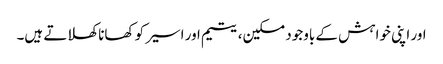
اور اپنی خواہش کے باوجود مسکین، یتیم اور اسیر کو کھانا کھلاتے ہیں۔